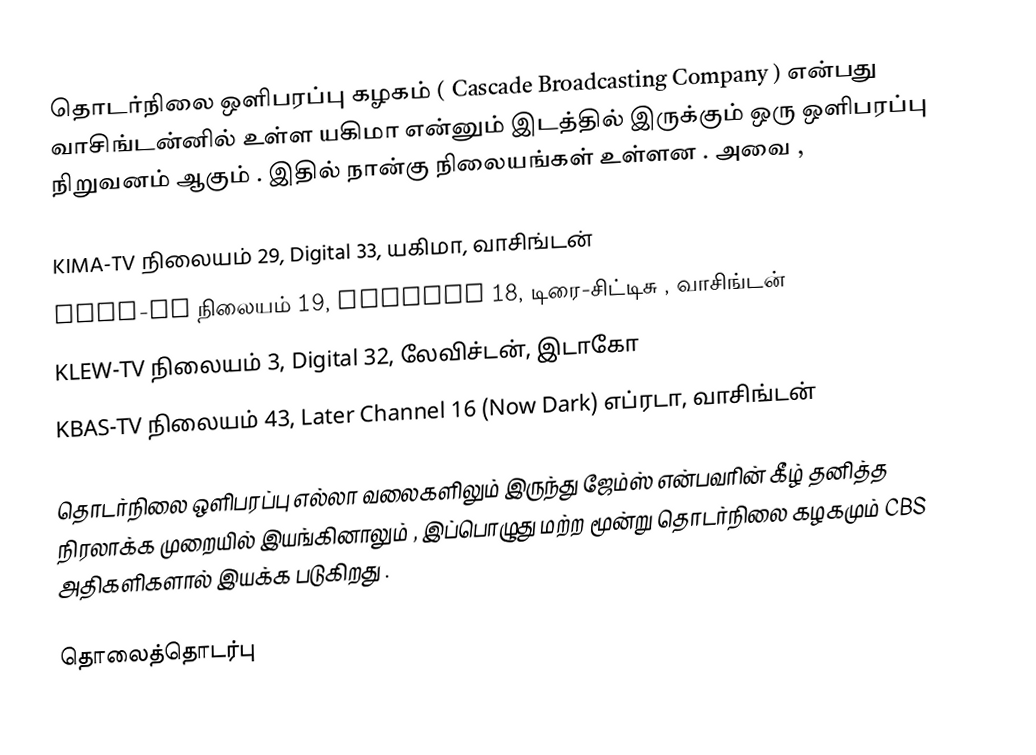
தொடர்நிலை ஒளிபரப்பு கழகம் ( Cascade Broadcasting Company ) என்பது வாசிங்டன்னில் உள்ள யகிமா என்னும் இடத்தில் இருக்கும் ஒரு ஒளிபரப்பு நிறுவனம் ஆகும் . இதில் நான்கு நிலையங்கள் உள்ளன . அவை ,

 KIMA-TV நிலையம் 29, Digital 33, யகிமா, வாசிங்டன்
 KEPR-TV நிலையம் 19, Digital 18, டிரை-சிட்டிசு , வாசிங்டன்
 KLEW-TV நிலையம் 3, Digital 32, லேவிச்டன், இடாகோ
 KBAS-TV நிலையம் 43, Later Channel 16 (Now Dark) எப்ரடா, வாசிங்டன்

தொடர்நிலை ஒளிபரப்பு எல்லா வலைகளிலும் இருந்து ஜேம்ஸ் என்பவரின் கீழ் தனித்த நிரலாக்க முறையில் இயங்கினாலும் , இப்பொழுது மற்ற மூன்று தொடர்நிலை கழகமும் CBS அதிகளிகளால் இயக்க படுகிறது .

தொலைத்தொடர்பு